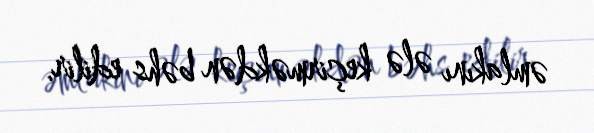
əmlakını ələ keçirməkdən bəhs edilir.